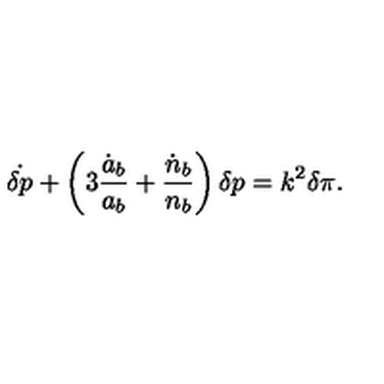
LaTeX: \dot { \delta p } + \left( 3 { \frac { \dot { a } _ { b } } { a _ { b } } } + { \frac { \dot { n } _ { b } } { n _ { b } } } \right) \delta p = k ^ { 2 } \delta \pi .